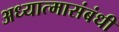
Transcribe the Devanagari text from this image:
अध्यात्मासंबंधी